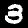
Digit: 3